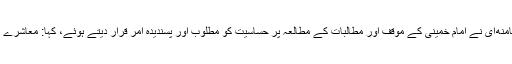
جماران رپورٹ کے مطابق، حجت الاسلام والمسلمین سید ہادی خامنه ای نے امام خمینی کے موقف اور مطالبات کے مطالعہ پر حساسیت کو مطلوب اور پسندیدہ امر قرار دیتے ہوئے، کہا: معاشرے کے تمام مسائل کا حل، ثقافتی امور کی انجام دہی پر موقوف ہے۔